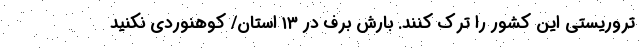
تروریستی این کشور را ترک کنند. بارش برف در ۱۳ استان/ کوهنوردی نکنید